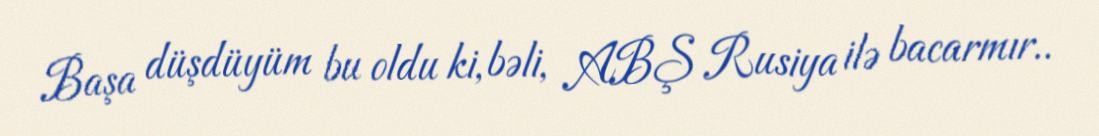
Başa düşdüyüm bu oldu ki, bəli, ABŞ Rusiya ilə bacarmır..